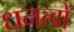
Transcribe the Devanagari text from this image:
धनत्वों